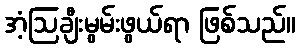
အံ့ဩချီးမွမ်းဖွယ်ရာ ဖြစ်သည်။